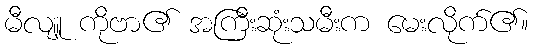
မီလျူ ကိုဗာ၏ အကြီးဆုံးသမီးက မေးလိုက်၏။